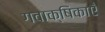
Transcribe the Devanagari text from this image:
गवाक्षिकाएँ